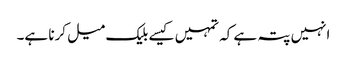
انہیں پتہ ہے کہ تمہیں کیسے بلیک میل کرنا ہے۔